Report of the King Institute of Preventive Medicine, Guindy
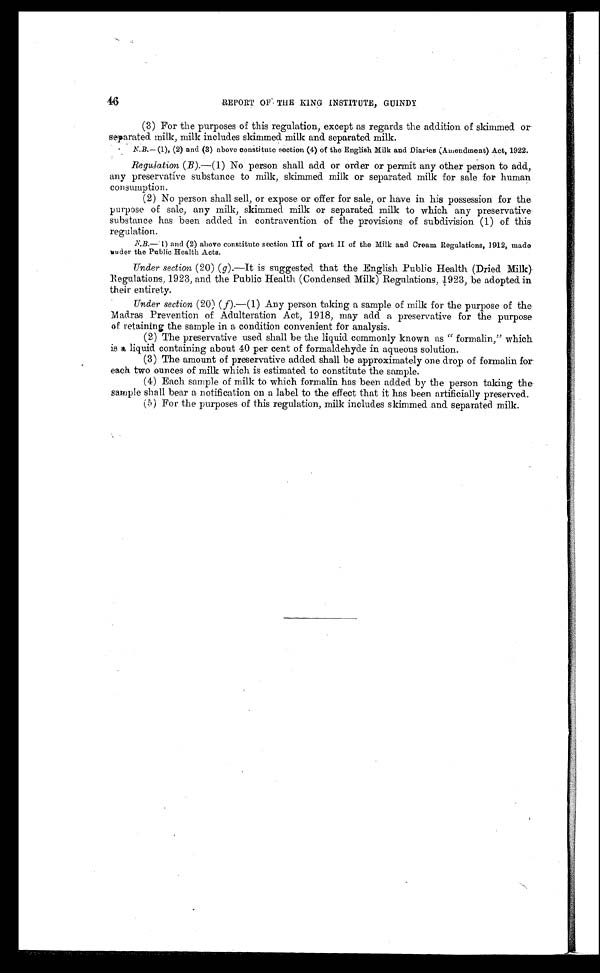
46
REPORT OF THE KING INSTITUTE, GUINDY
(3) For the purposes of this regulation, except as regards the addition of skimmed or
separated milk, milk includes skimmed milk and separated milk.
N.B.—(1), (2) and (3) above constitute section (4) of the English Milk and Diaries (Amendment) Act, 1922.
Regulation (B).— (1) No person shall add or order or permit any other person to add,
any preservative substance to milk, skimmed milk or separated milk for sale for human
consumption.
(2) No person shall sell, or expose or offer for sale, or have in his possession for the
purpose of sale, any milk, skimmed milk or separated milk to which any preservative
substance has been added in contravention of the provisions of subdivision (1) of this
regulation.
N.B.—(1) and (2) above constitute section III of part II of the Milk and Cream Regulations, 1912, made
under the Public Health Acts.
Under section (20) (g).—It is suggested that the English Public Health (Dried Milk)
Regulations, 1923, and the Public Health (Condensed Milk) Regulations, 1923, be adopted in
their entirety.
Under section (20) (f).—(1) Any person taking a sample of milk for the purpose of the
Madras Prevention of Adulteration Act, 1918, may add a preservative for the purpose
of retaining the sample in a condition convenient for analysis.
(2) The preservative used shall be the liquid commonly known as "formalin.," which
is a liquid containing about 40 per cent of formaldehyde in aqueous solution.
(3) The amount of preservative added shall be approximately one drop of formalin for
each two ounces of milk which is estimated to constitute the sample.
(4) Each sample of milk to which formalin has been added by the person taking the
sample shall bear a notification on a label to the effect that it has been artificially preserved.
(5) For the purposes of this regulation, milk includes skimmed and separated milk.